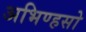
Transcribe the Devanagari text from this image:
अभिण्हसो